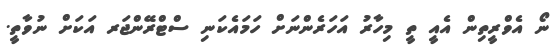
ނޯ އެވްރީތިން އެއީ ތީ މިހާރު އަހަރެންނަށް ހަމައެކަނި ސްޓްރޭންޖަރ އަކަށް ނުވާތީ.